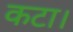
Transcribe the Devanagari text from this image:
कटा।